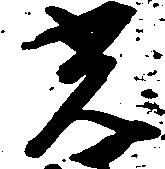
光